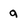
Character: g